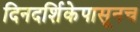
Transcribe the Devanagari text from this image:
दिनदर्शिकेपासूनच